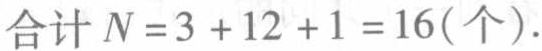
\(合计 N=3 + 12 + 1 = 16(个).\)